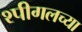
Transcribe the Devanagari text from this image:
श्पीगलच्या